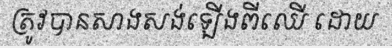
ត្រូវបានសាងសង់ឡើងពីឈើ ដោយ